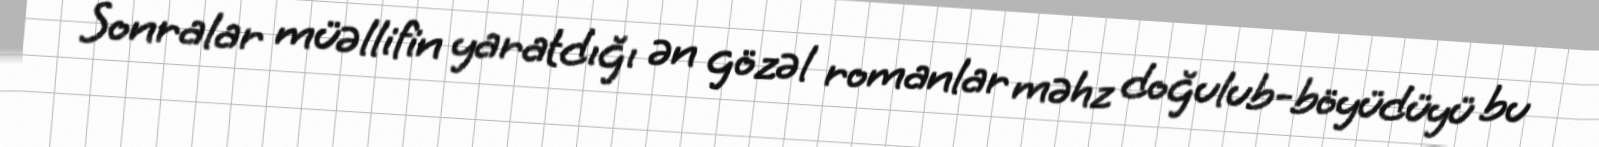
Sonralar müəllifin yaratdığı ən gözəl romanlar məhz doğulub-böyüdüyü bu